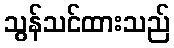
သွန်သင်ထားသည်